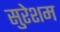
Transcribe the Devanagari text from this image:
सुरेशम